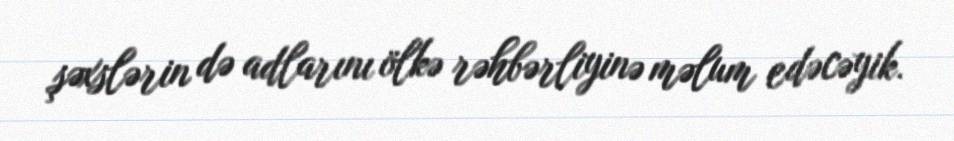
şəxslərin də adlarını ölkə rəhbərliyinə məlum edəcəyik.